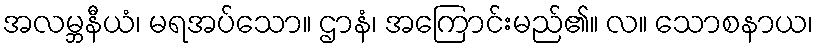
အလမ္ဘနီယံ၊ မရအပ်သော။ ဌာနံ၊ အကြောင်းမည်၏။ လ။ သောစနာယ၊